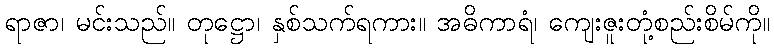
ရာဇာ၊ မင်းသည်။ တုဋ္ဌော၊ နှစ်သက်ရကား။ အဓိကာရံ၊ ကျေးဇူးတုံ့စည်းစိမ်ကို။